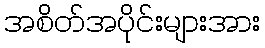
အစိတ်အပိုင်းများအား